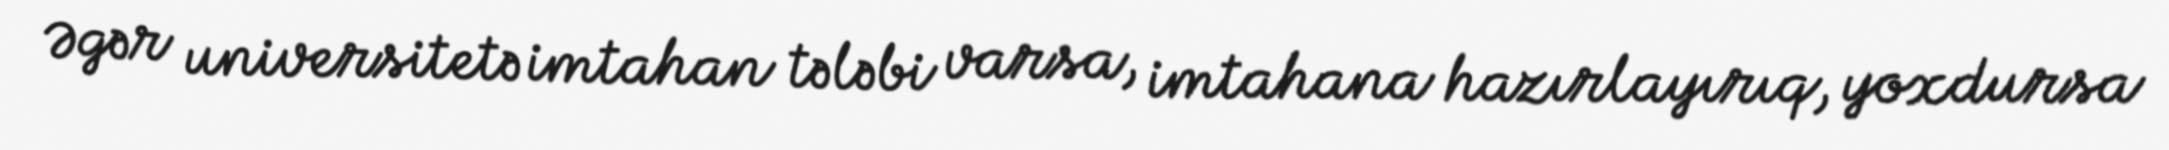
Əgər universitetə imtahan tələbi varsa, imtahana hazırlayırıq, yoxdursa